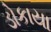
ડોકાયા